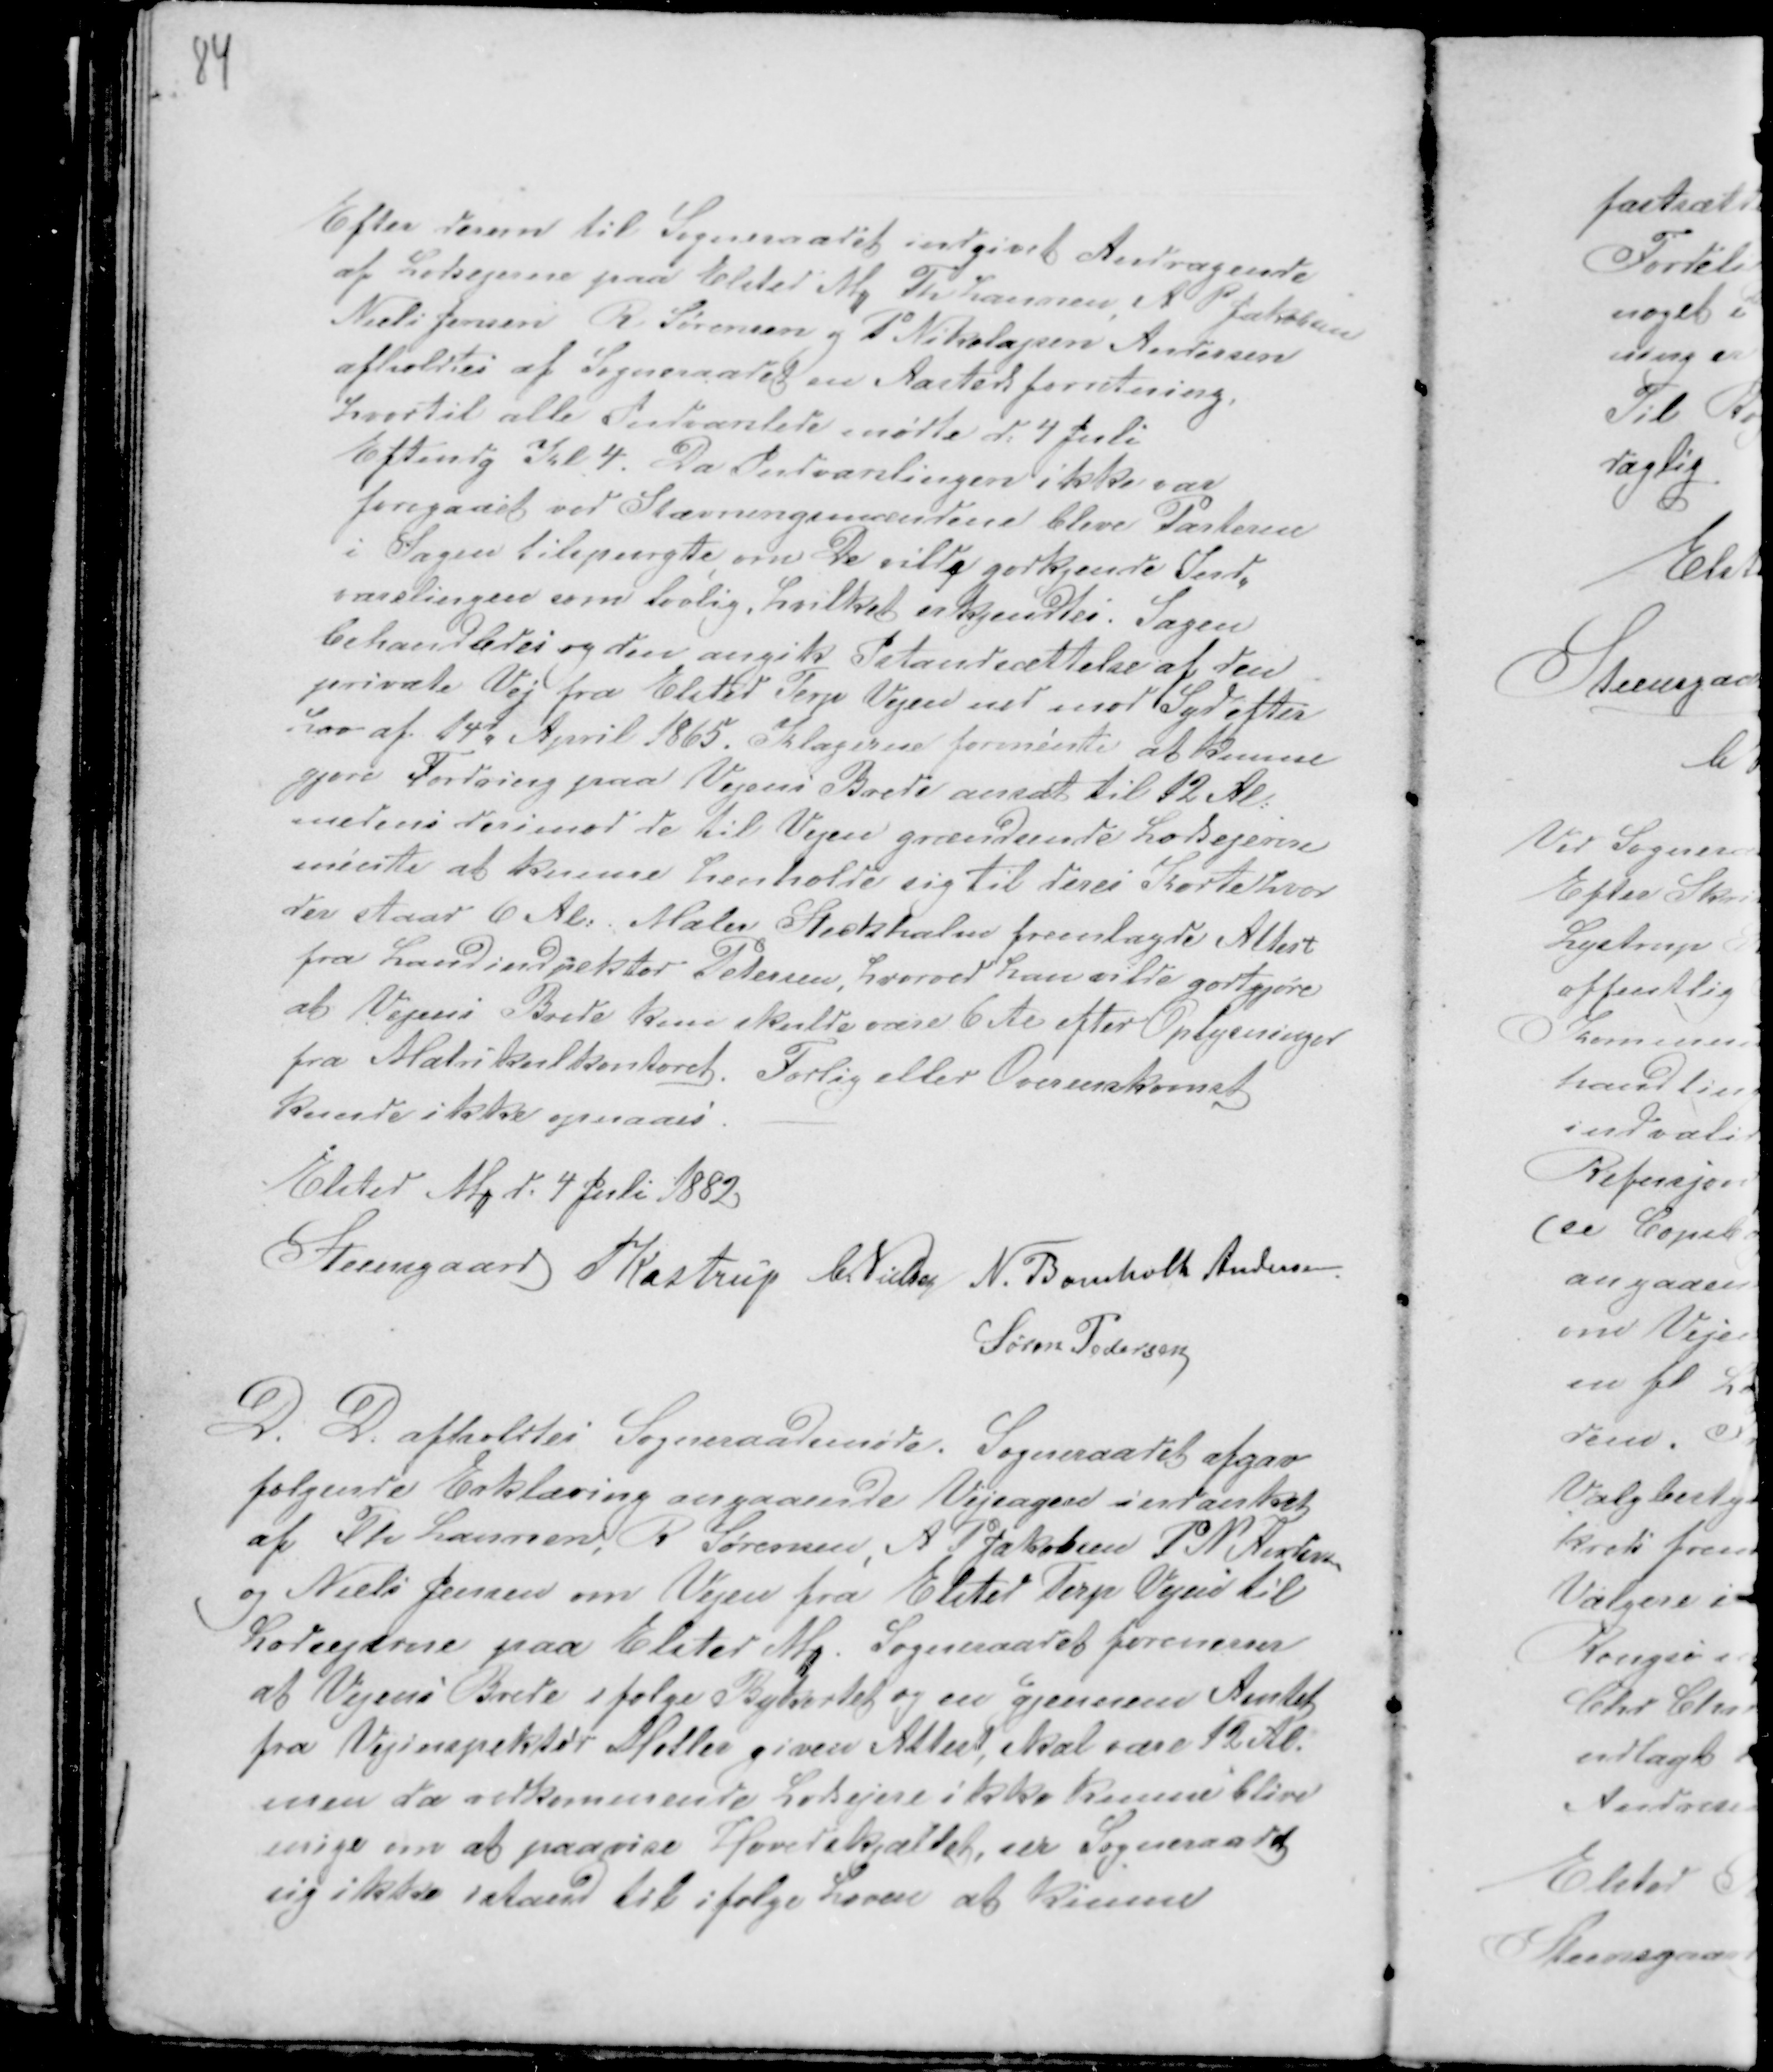
Transskription:
Efter derern til Sogneraadet indgivet Andragende
af Lodsejerne paa Elsted M Th Laursen, A P Jakobsen
Niels Jensen R Sørensen og P Nikolajsen Andersen
afholdtes af Sogneraadet en Aastedsforretning,
hvortil alle Indvarslede mødte d: 4 Juli
Eftendg Kl 4. Da Indvarslingen ikke ere
foregaaet ved Stævningsmændene bleve Parterne
i Sagen tilspurgte om de ville godkjende Ind-
varslingen som lovlig, hvilket erkjendtes: Sagen
behandledes og den angik Istandsættelse af den
private Vej fra Elsted Terp Vejen ned mod Syd efter
Lov af 14d April 1865. Klagerne formente at kunne
gjøre Fordring paa Vejens Brede ansat til 12 Al:
medens derimod de til Vejen grændsende Lodsejere
mente at kunne henholde sig til deres Korte hvor
der staar 6 Al: Maler Steckhahn fremlagde Attest
fra Landindpektør Petersen, hvorved han vilde godtgjøre
at Vejens Brede kun skulde være 6 Al efter Oplysninger
fra Matrikelkontoret. Forlig eller Overenskomst
kunde ikke opnaaes. -
Elsted M d. 4 Juli 1882
Steensgaard Kastrup CNielsen N. Bomholt Andersen.
Søren Pedersen

D. D. afholdtes Sogneraadsmøde. Sogneraadet afgav
følgende Erklæring angaaende Vejsagen indanket
af Th Laursen, R Sørensen, A P Jakobsen P N Andersen
og Niels Jensen om Vejen fra Elsted Terp Vejen til
Lodsejerne paa Elsted M. Sogneraadet formener
at Vejens Brede ifølge Bykortet og en gjennem Amtet
fra Vejinspektør Møller given Attest skal være 12 Al.
men da vedkommende Lodsejere ikke kunne blive
enige om at paavise Hovedskjællet, ser Sogneraadet
sig ikke istand til ifølge Loven at kunne